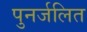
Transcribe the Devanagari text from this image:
पुनर्जलित